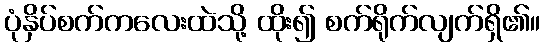
ပုံနှိပ်စက်ကလေးထဲသို့ ထိုး၍ စက်ရိုက်လျက်ရှိ၏။